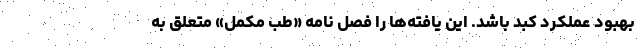
بهبود عملکرد کبد باشد. این یافته‌ها را فصل نامه «طب مکمل» متعلق به